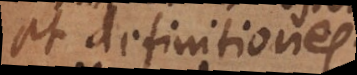
et definitiones.